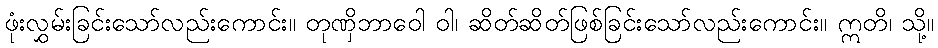
ဖုံးလွှမ်းခြင်းသော်လည်းကောင်း။ တုဏှိဘာဝေါ ဝါ၊ ဆိတ်ဆိတ်ဖြစ်ခြင်းသော်လည်းကောင်း။ ဣတိ၊ သို့။